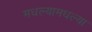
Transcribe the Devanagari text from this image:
मधल्यामधल्या